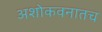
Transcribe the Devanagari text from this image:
अशोकवनातच